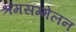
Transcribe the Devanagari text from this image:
श्रमसम्मेलन